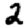
Digit: 2